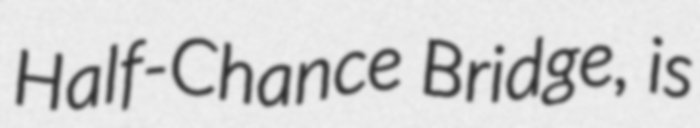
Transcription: Half-Chance Bridge, is